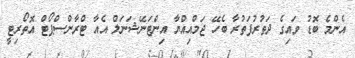
އެންމެ ބޮޑު ވައިގެ ދަތުރުފަތުރާ ބެހޭ ޖަމްއިއްޔާ އިންޓަނޭޝަނަލް އެއާ ޓްރާންސްޕޯޓް އޮތޯރިޓީ